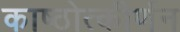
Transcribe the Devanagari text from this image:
काष्ठोत्कीर्णन